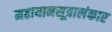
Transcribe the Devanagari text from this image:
महायानसूत्रालंकार